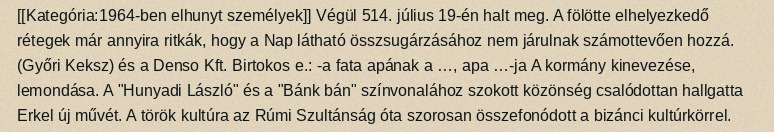
[[Kategória:1964-ben elhunyt személyek]] Végül 514. július 19-én halt meg. A fölötte elhelyezkedő rétegek már annyira ritkák, hogy a Nap látható összsugárzásához nem járulnak számottevően hozzá. (Győri Keksz) és a Denso Kft. Birtokos e.: -a fata apának a …, apa …-ja A kormány kinevezése, lemondása. A "Hunyadi László" és a "Bánk bán" színvonalához szokott közönség csalódottan hallgatta Erkel új művét. A török kultúra az Rúmi Szultánság óta szorosan összefonódott a bizánci kultúrkörrel.